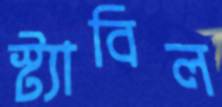
স্ট্যাবিল